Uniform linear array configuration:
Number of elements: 32
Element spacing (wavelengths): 0.75
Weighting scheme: hamming
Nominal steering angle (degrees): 15
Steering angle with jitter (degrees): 14.162
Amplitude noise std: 0.05
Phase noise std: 0.05

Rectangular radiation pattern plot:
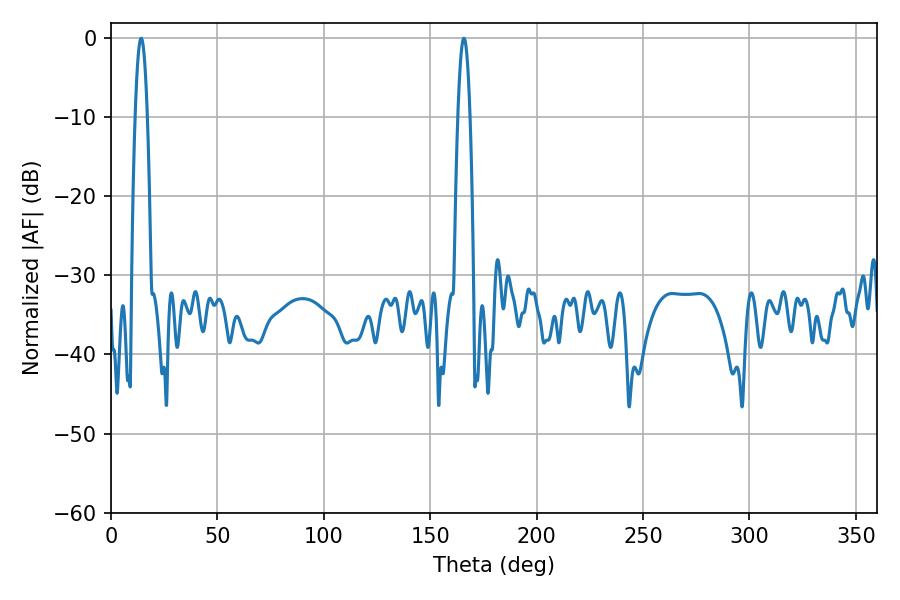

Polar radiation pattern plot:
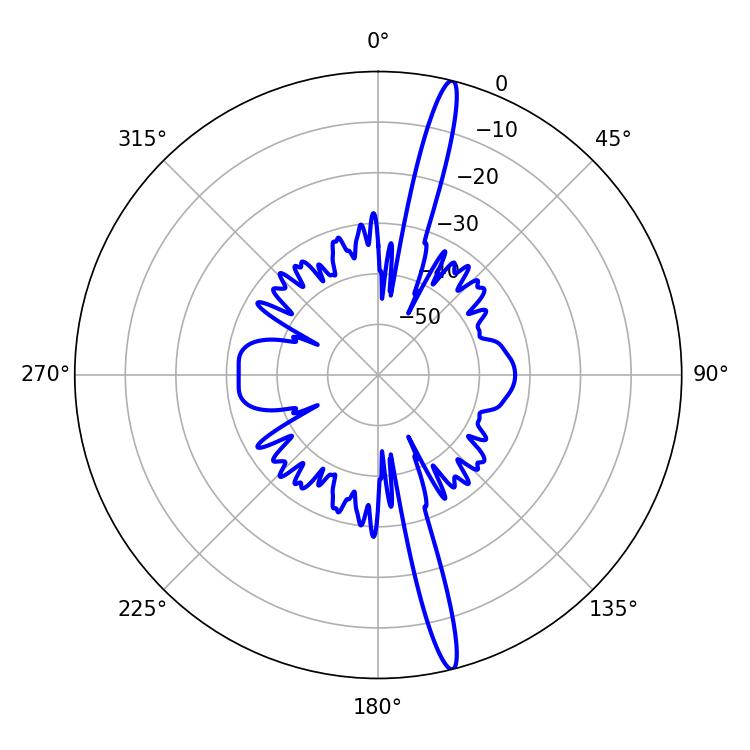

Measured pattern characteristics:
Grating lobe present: TRUE
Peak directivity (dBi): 18.35
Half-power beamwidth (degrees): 3.06
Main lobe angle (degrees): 165.78